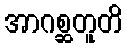
အာဂစ္ဆတူတိ